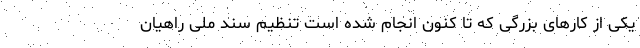
یکی از کارهای بزرگی که تا کنون انجام شده است تنظیم سند ملی راهیان